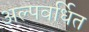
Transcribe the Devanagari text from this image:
अल्पवर्धित